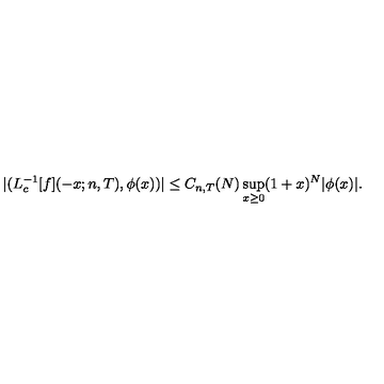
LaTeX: | ( L _ { c } ^ { - 1 } [ f ] ( - x ; n , T ) , \phi ( x ) ) | \leq C _ { n , T } ( N ) \sup _ { x \geq 0 } ( 1 + x ) ^ { N } | \phi ( x ) | .